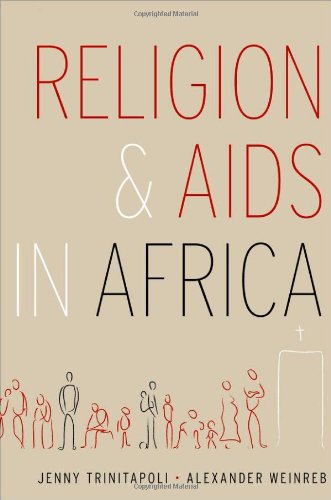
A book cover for Religion and AIDS in Africa; Jenny Trinitapoli; Health, Fitness & Dieting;